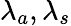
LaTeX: \lambda_{a},\lambda_{s}